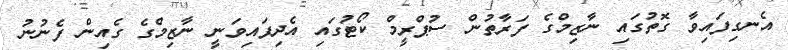
އެނގިފައިވާ ގޮތުގައި ނާޒިމްގެ ފަރާތުން ސުޕްރީމް ކޯޓުގައި އެދިފައިވަނީ ނާޒިމްގެ ގެއިން ފެނުނު